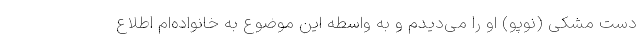
دست مشکی (نوپو) او را می‌دیدم و به واسطه این موضوع به خانواده‌ام اطلاع